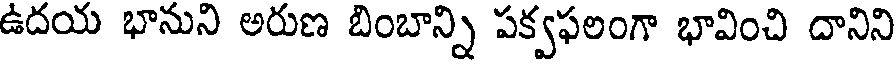
ఉదయ భానుని అరుణ బింబాన్ని పక్వఫలంగా భావించి దానిని